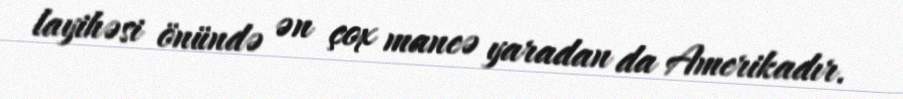
layihəsi önündə ən çox maneə yaradan da Amerikadır.